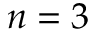
n = 3